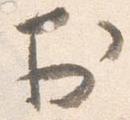
於